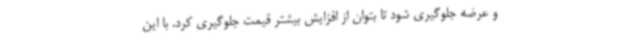
و عرضه جلوگیری شود تا بتوان از افزایش بیشتر قیمت جلوگیری کرد. با این‌